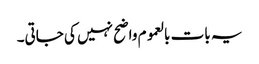
یہ بات بالعموم واضح نہیں کی جاتی۔